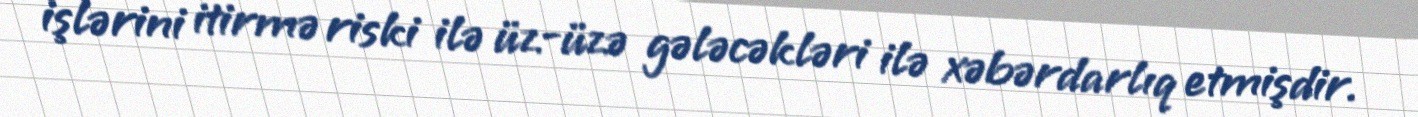
işlərini itirmə riski ilə üz-üzə gələcəkləri ilə xəbərdarlıq etmişdir.